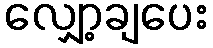
လျှော့ချပေး